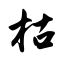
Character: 枯